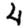
Digit: 4